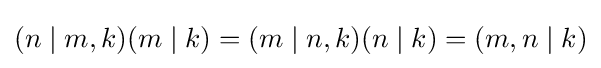
(n\mid m,k)(m\mid k)=(m\mid n,k)(n\mid k)=(m,n\mid k)